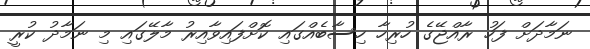
ނަމާދަށް ފަހު ރާއްޖޭގެ ހުރިހާ ހިސާބެއްގައި ކޮށްފައިވާއިރު މާލޭގައި މި ނަމާދު ކުރީ